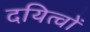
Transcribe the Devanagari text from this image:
दयित्वों